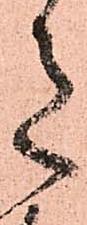
意